Lunatic asylums Punjab 1881-1894 - 1881-1894
Year: 1881
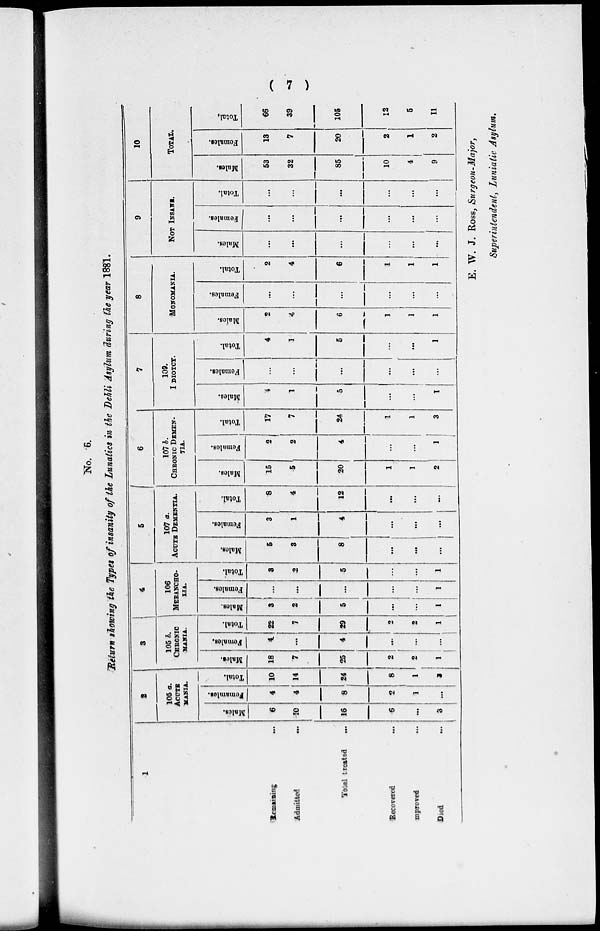
( 7 )
No. 6.
Return showing the Types of insanity of the Lunatics in the Dehli Asylum during the year 1881.
1
Remaining
...
Admitted
...
Total treated
...
Recovered ...
Improved ...
Died
...
2
105 a.
ACUTE
MANIA.
Males.
6
10
16
6
...
3
Females.
4
4
8
2
1
...
Total.
10
14
24
8
1
3
3
105 b.
CHRONIC
MANIA.
Males.
18
7
25
2
2
1
Females.
4
...
4
...
...
...
Total.
22
7
29
2
2
1
4
106
MEEANCHO-
LIA.
Males.
3
2
5
...
...
1
Females.
...
...
...
...
...
1
Total.
3
2
5
...
...
1
5
107 a.
ACUTE DEMENTIA.
Males.
5
3
8
...
...
...
Females.
3
1
4
...
...
...
Total.
8
4
12
...
...
...
6
107 b.
CHRONIC DEMEN-
TIA.
Males.
15
5
20
1
1
2
Females.
2
2
4
...
...
1
Total.
17
7
24
1
1
3
7
109.
I DIOTCY.
Males.
4
1
5
...
...
1
Females.
...
...
...
...
...
...
Total.
4
1
5
...
...
1
8
MONOMANIA.
Males.
2
4
6
1
1
1
Females.
...
...
...
...
...
...
Total.
2
4
6
1
1
1
9
NOT INSANS.
Males.
...
...
...
...
...
...
Females.
...
...
...
...
...
...
Total.
...
...
...
...
...
...
10
TOTAL.
Males.
53
32
85
10
4
9
Females.
13
7
20
2
1
2
Total.
66
39
105
12
5
11
E. W. J. Ross, Surgeon-Major,
Superintendent, Luniatic Asylum.